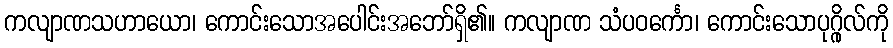
ကလျာဏသဟာယော၊ ကောင်းသောအပေါင်းအဘော်ရှိ၏။ ကလျာဏ သံပဝင်္ကော၊ ကောင်းသောပုဂ္ဂိုလ်ကို